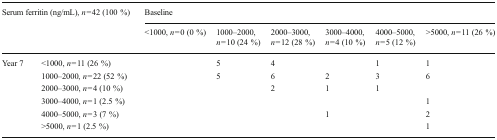
<table><thead><tr><td rowspan="2" colspan="2"><b>Serum ferritin (ng/mL), <i>n</i> = 42 (100 %)</b></td><td colspan="6"><b>Baseline</b></td></tr><tr><td><b>&lt;1000, <i>n</i> = 0 (0 %)</b></td><td><b>1000–2000, <i>n</i> = 10 (24 %)</b></td><td><b>2000–3000, <i>n</i> = 12 (28 %)</b></td><td><b>3000–4000, <i>n</i> = 4 (10 %)</b></td><td><b>4000–5000, <i>n</i> = 5 (12 %)</b></td><td><b>&gt;5000, <i>n</i> = 11 (26 %)</b></td></tr></thead><tbody><tr><td rowspan="6">Year 7</td><td>&lt;1000, <i>n</i> = 11 (26 %)</td><td></td><td>5</td><td>4</td><td></td><td>1</td><td>1</td></tr><tr><td>1000–2000, <i>n</i> = 22 (52 %)</td><td></td><td>5</td><td>6</td><td>2</td><td>3</td><td>6</td></tr><tr><td>2000–3000, <i>n</i> = 4 (10 %)</td><td></td><td></td><td>2</td><td>1</td><td>1</td><td></td></tr><tr><td>3000–4000, <i>n</i> = 1 (2.5 %)</td><td></td><td></td><td></td><td></td><td></td><td>1</td></tr><tr><td>4000–5000, <i>n</i> = 3 (7 %)</td><td></td><td></td><td></td><td>1</td><td></td><td>2</td></tr><tr><td>&gt;5000, <i>n</i> = 1 (2.5 %)</td><td></td><td></td><td></td><td></td><td></td><td>1</td></tr></tbody></table>